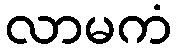
လာမကံ